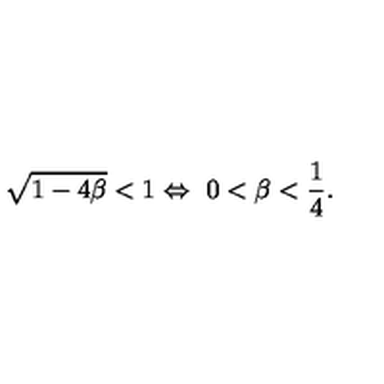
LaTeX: \sqrt { 1 - 4 \beta } < 1 \Leftrightarrow \ 0 < \beta < { \frac { 1 } { 4 } } .